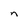
Character: n